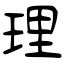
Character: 理